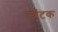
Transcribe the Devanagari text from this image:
पयॅटक